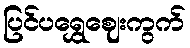
ပြင်ပရွှေဈေးကွက်